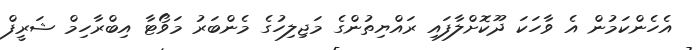
އެހެންކަމުން އެ ވާހަކަ ދޫކޮށްލާފައި ރައްޔިތުންގެ މަޖިލިހުގެ މެންބަރު މަވޯޓާ އިބްރާހިމް ޝަރީފް